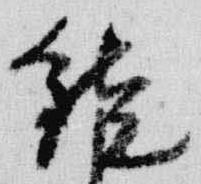
鏡